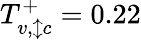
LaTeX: T_{v,\updownarrow c}^{+}=0.22